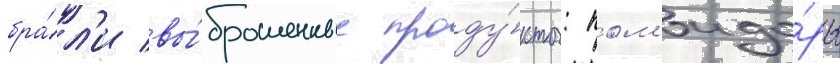
бра́л'и вы́брошенные проду́кты: пом'идо́ры